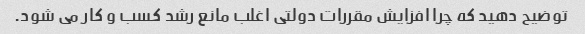
توضیح دهید که چرا افزایش مقررات دولتی اغلب مانع رشد کسب و کار می شود.